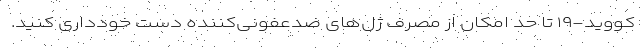
کووید-۱۹ تا حد امکان از مصرف ژل‌های ضدعفونی‌کننده دست خودداری کنید.